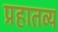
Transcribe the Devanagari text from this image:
प्रहातव्य